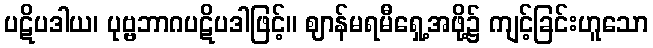
ပဋိပဒါယ၊ ပုဗ္ဗဘာဂပဋိပဒါဖြင့်။ ဈာန်မရမီရှေ့အဖို့၌ ကျင့်ခြင်းဟူသော